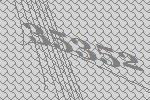
35352